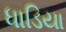
ધાડિયા